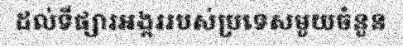
ដល់ទីផ្សារអង្កររបស់ប្រទេសមួយចំនួន